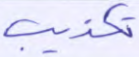
تكذيب